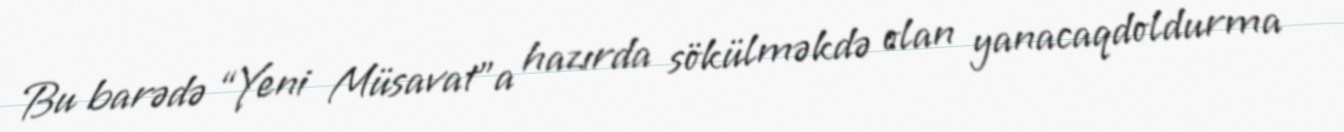
Bu barədə “Yeni Müsavat”a hazırda sökülməkdə olan yanacaqdoldurma